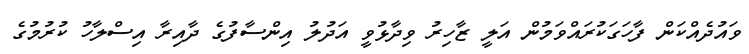
ވައުދެއްކަން ފާހަގަކުރައްވަމުން އަލީ ޒާހިރު ވިދާޅުވީ އަދުލު އިންސާފުގެ ދާއިރާ އިސްލާހު ކުުރުމުގެ